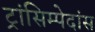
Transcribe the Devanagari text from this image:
ट्रांसिम्पेदांस